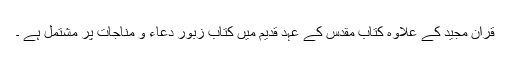
قرآن مجید کے علاوہ کتاب مقدس کے عہد قدیم میں کتاب زبور دعاء و مناجات پر مشتمل ہے ۔